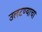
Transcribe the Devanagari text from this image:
उलटण्याचा